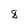
Character: 8